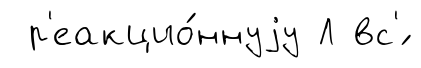
р'еакцио́ннуjу Л вс'́